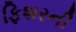
ફિશરની